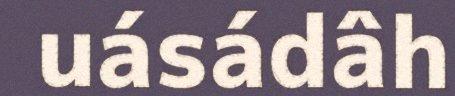
uásádâh